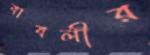
বাবলীর